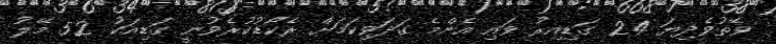
ވޭތުވެދިޔަ 24 ގަޑިއިރު ވައި އެންމެ ގަދަވިކަމަށް ރެކޯޑުކުރެވުނީ ގަޑިއަކު 52 މޭލު